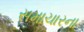
સમાચારના